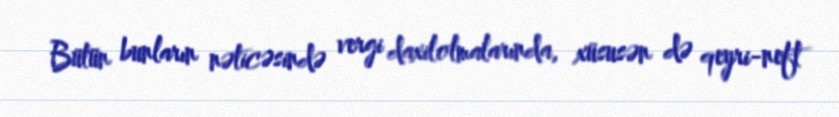
Bütün bunların nəticəsində vergi daxilolmalarında, xüsusən də qeyri-neft